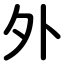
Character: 外